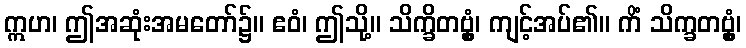
ဣဟ၊ ဤအဆုံးအမတော်၌။ ဧဝံ၊ ဤသို့။ သိက္ခိတဗ္ဗှံ၊ ကျင့်အပ်၏။ ကိံ သိက္ခတဗ္ဗှံ၊